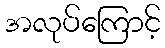
အလုပ်ကြောင့်